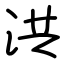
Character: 洪